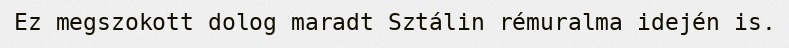
Ez megszokott dolog maradt Sztálin rémuralma idején is.